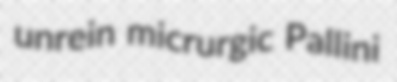
unrein micrurgic Pallini